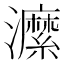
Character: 𤃰